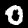
Label: 0